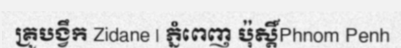
គ្រូបង្វឹក Zidane | ភ្នំពេញ ប៉ុស្តិ៍Phnom Penh